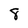
Character: 8